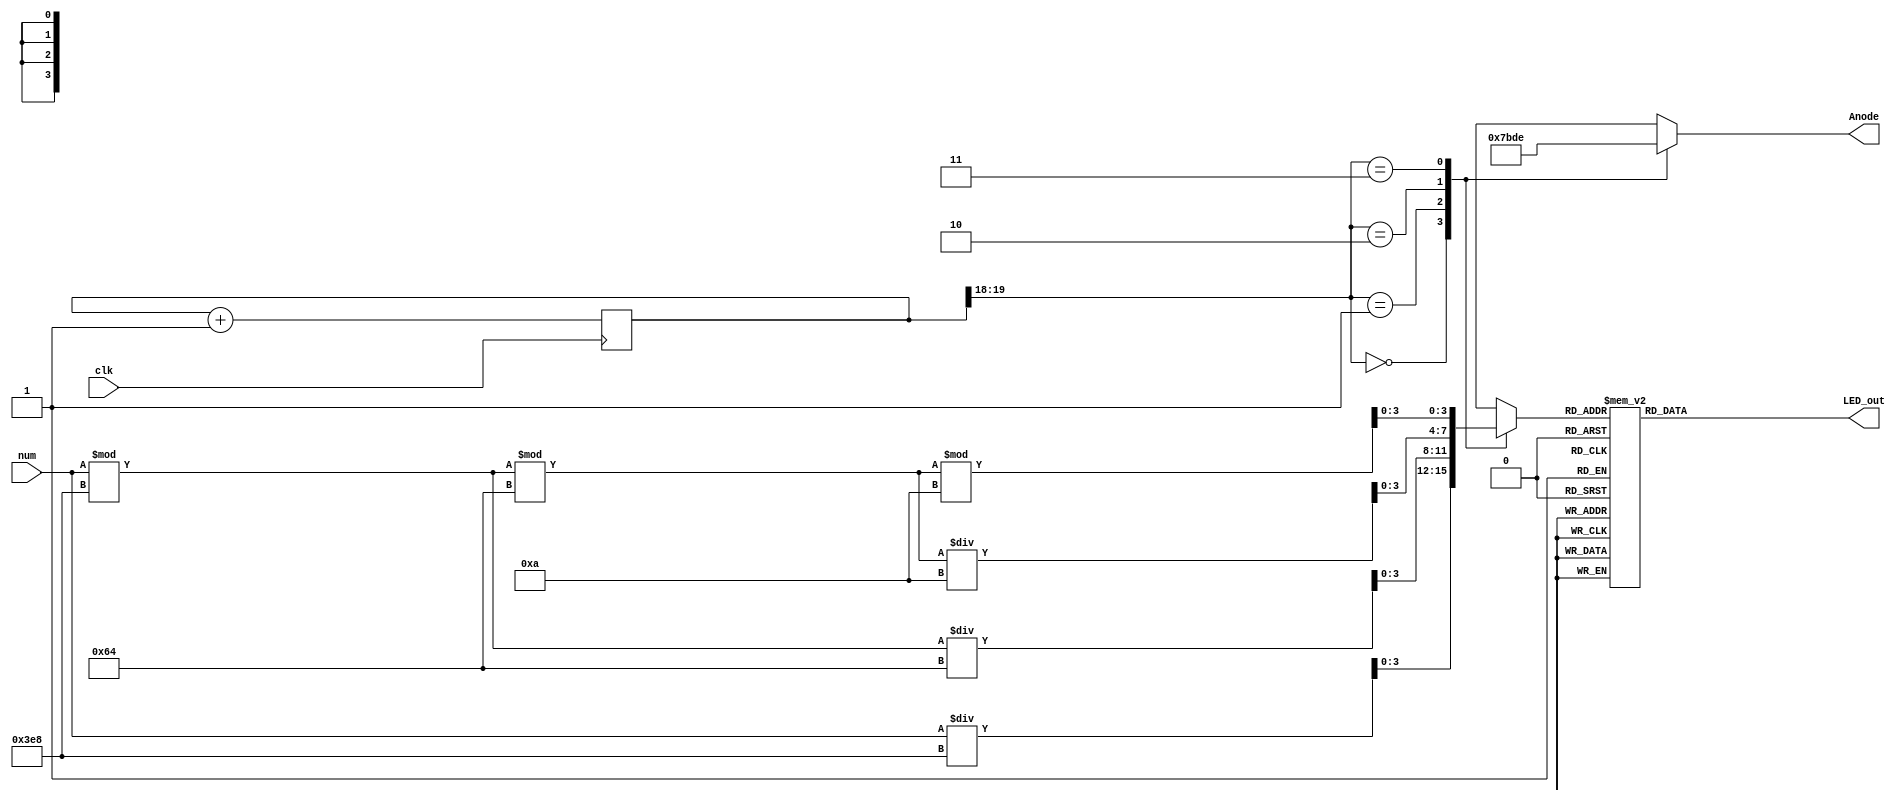
module Four_Digit_Seven_Segment_Driver (
     input clk,
     input  [12:0] num,
     output reg [3:0] Anode,
     output reg [6:0] LED_out
     );
    
     reg [3:0] LED_BCD;
     reg [12:0] number;
     reg [19:0] refresh_counter = 0; // 20-bit counter
     wire [1:0] LED_activating_counter;
     always @(posedge clk)
     begin
     refresh_counter = refresh_counter + 1;
     end
    
     assign LED_activating_counter = refresh_counter[19:18];
    
    
    
     always @(*)
     begin

      number =num;
         
     case(LED_activating_counter)
     2'b00: begin
     Anode = 4'b0111;
     LED_BCD = (number / 1000);
     end
     2'b01: begin
     Anode = 4'b1011;
     LED_BCD = (number % 1000)/100;
     end
     2'b10: begin
     Anode = 4'b1101;
     LED_BCD = ((number % 1000)%100)/10;
     end
     2'b11: begin
     Anode = 4'b1110;
     LED_BCD = ((number % 1000)%100)%10;
     end
     endcase
     end
     always @(*)
     begin
     case(LED_BCD)
     4'b1111: LED_out = 7'b1111110; // "-"
     4'b0000: LED_out = 7'b0000001; // "0"
     4'b0001: LED_out = 7'b1001111; // "1"
     4'b0010: LED_out = 7'b0010010; // "2"
     4'b0011: LED_out = 7'b0000110; // "3"
     4'b0100: LED_out = 7'b1001100; // "4"
     4'b0101: LED_out = 7'b0100100; // "5"
     4'b0110: LED_out = 7'b0100000; // "6"
     4'b0111: LED_out = 7'b0001111; // "7"
     4'b1000: LED_out = 7'b0000000; // "8"
     4'b1001: LED_out = 7'b0000100; // "9"
     default: LED_out = 7'b0000001; // "0"
     endcase
     end
endmodule